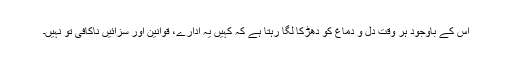
اس کے باوجود ہر وقت دل و دماغ کو دھڑکا لگا رہتا ہے کہ کہیں یہ ادارے، قوانین اور سزائیں ناکافی تو نہیں۔